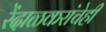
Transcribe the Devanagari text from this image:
रेंदाळकरांचेही